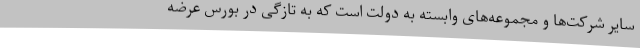
سایر شرکت‌ها و مجموعه‌های وابسته به دولت است که به تازگی در بورس عرضه